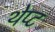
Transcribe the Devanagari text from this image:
थेप्ट